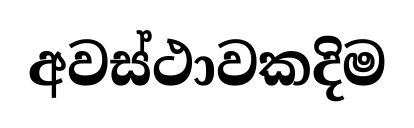
අවස්ථාවකදිම